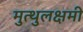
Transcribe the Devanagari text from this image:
मुत्थुलक्षमी